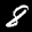
Label: 8